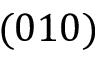
( 0 1 0 )